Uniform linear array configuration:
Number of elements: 32
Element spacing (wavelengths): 1
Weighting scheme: hann
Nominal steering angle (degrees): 15
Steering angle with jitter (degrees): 13.312
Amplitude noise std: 0.05
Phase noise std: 0.05

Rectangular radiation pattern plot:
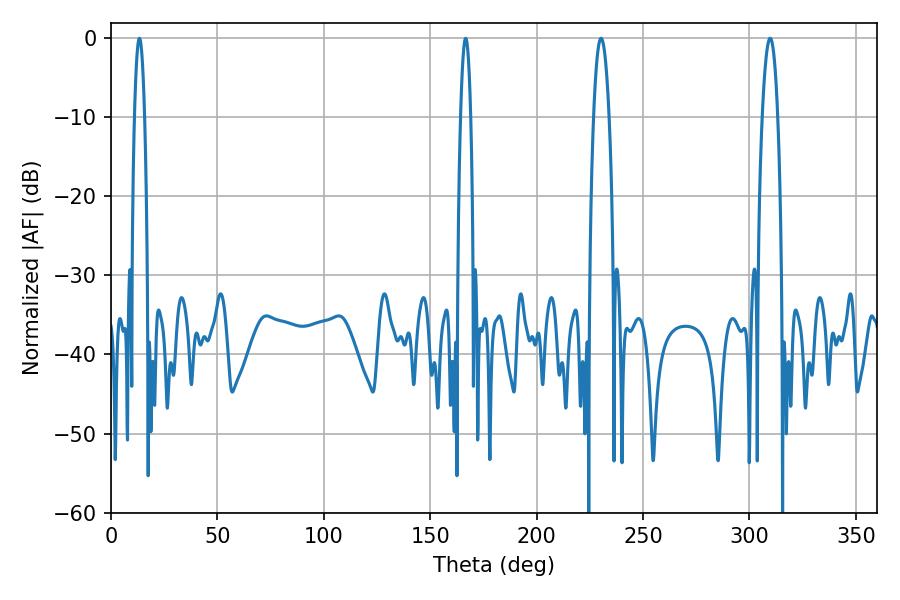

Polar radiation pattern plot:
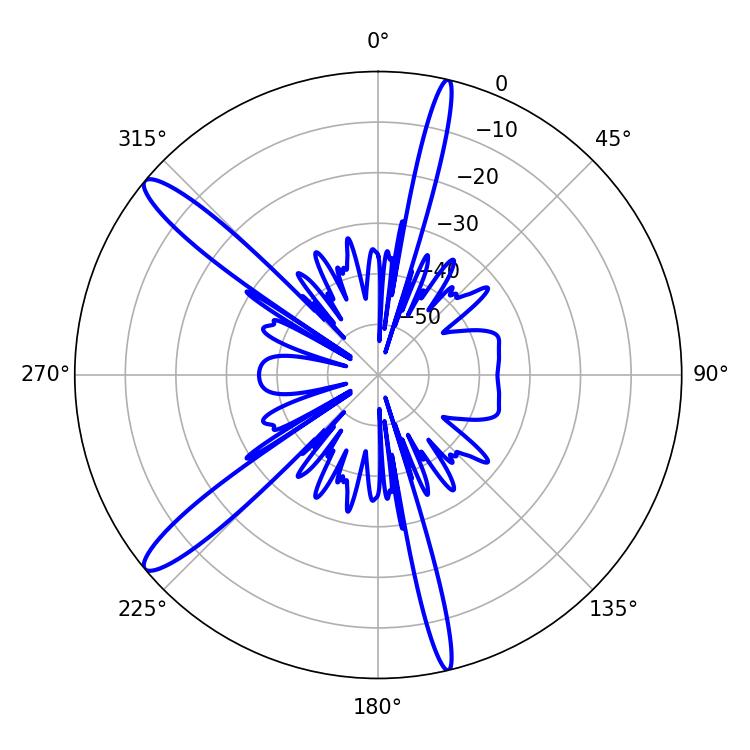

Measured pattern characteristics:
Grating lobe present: TRUE
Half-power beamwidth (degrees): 2.52
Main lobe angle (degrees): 13.32